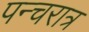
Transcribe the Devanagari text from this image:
पन्चरात्र